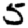
Digit: 5